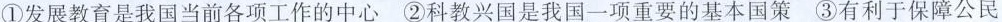
()①发展教育是我国当前各项工作的中心②科教兴国是我国一项重要的基本国策③有利于保障公民